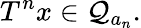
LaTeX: T^{n}x\in\mathcal{Q}_{a_{n}}.